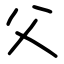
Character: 父